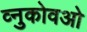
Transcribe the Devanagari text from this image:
व्नुकोवओ